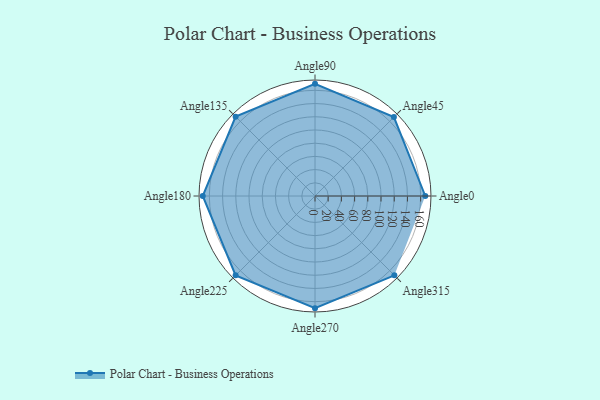
{"axis": {"x": "Angle", "y": "Radius"}, "legend": [""], "data": [{"x": "Angle0", "y": 167.0, "type": ""}, {"x": "Angle45", "y": 169.0, "type": ""}, {"x": "Angle90", "y": 170, "type": ""}, {"x": "Angle135", "y": 170, "type": ""}, {"x": "Angle180", "y": 170, "type": ""}, {"x": "Angle225", "y": 170, "type": ""}, {"x": "Angle270", "y": 170, "type": ""}, {"x": "Angle315", "y": 170, "type": ""}]}